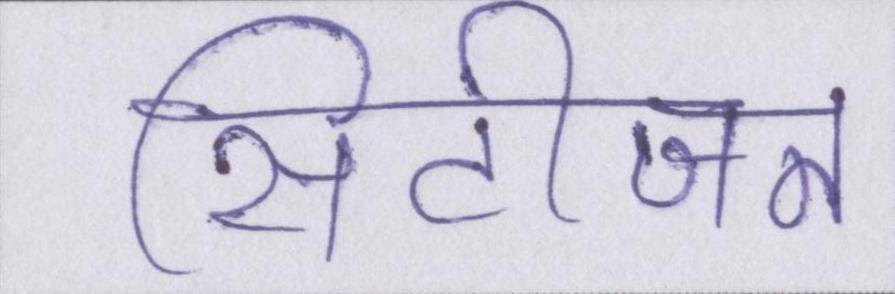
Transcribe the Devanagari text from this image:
सिटीजन